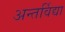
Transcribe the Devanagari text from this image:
अन्तर्विद्या